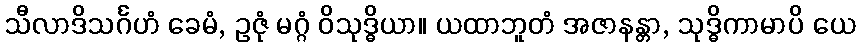
သီလာဒိသင်္ဂဟံ ခေမံ, ဥဇုံ မဂ္ဂံ ဝိသုဒ္ဓိယာ။ ယထာဘူတံ အဇာနန္တာ, သုဒ္ဓိကာမာပိ ယေ